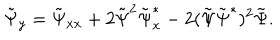
\tilde { \Psi } _ { y } = \tilde { \Psi } _ { x x } + 2 \tilde { \Psi } ^ { 2 } \tilde { \Psi } _ { x } ^ { * } - 2 ( \tilde { \Psi } \tilde { \Psi } ^ { * } ) ^ { 2 } \tilde { \Psi } .